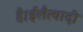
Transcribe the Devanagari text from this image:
है।ईलैत्वादी